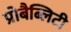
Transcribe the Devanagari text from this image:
प्रोबैब्लिटी